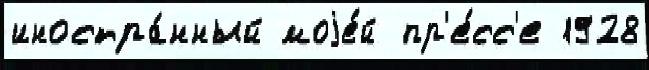
иностра́нный моjе́й пр'е́сс'е 1928